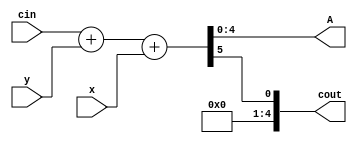
module top
(
 input [3:0] x,
 input [3:0] y,
 input [3:0] cin,

 output [4:0] A,
 output [4:0] cout
 );

assign {cout,A} =  cin + y + x;

endmodule